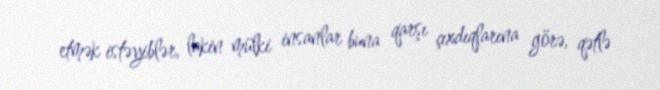
etmək istəyiblər, lakin mülki insanlar buna qarşı çıxdıqlarına görə, qətlə